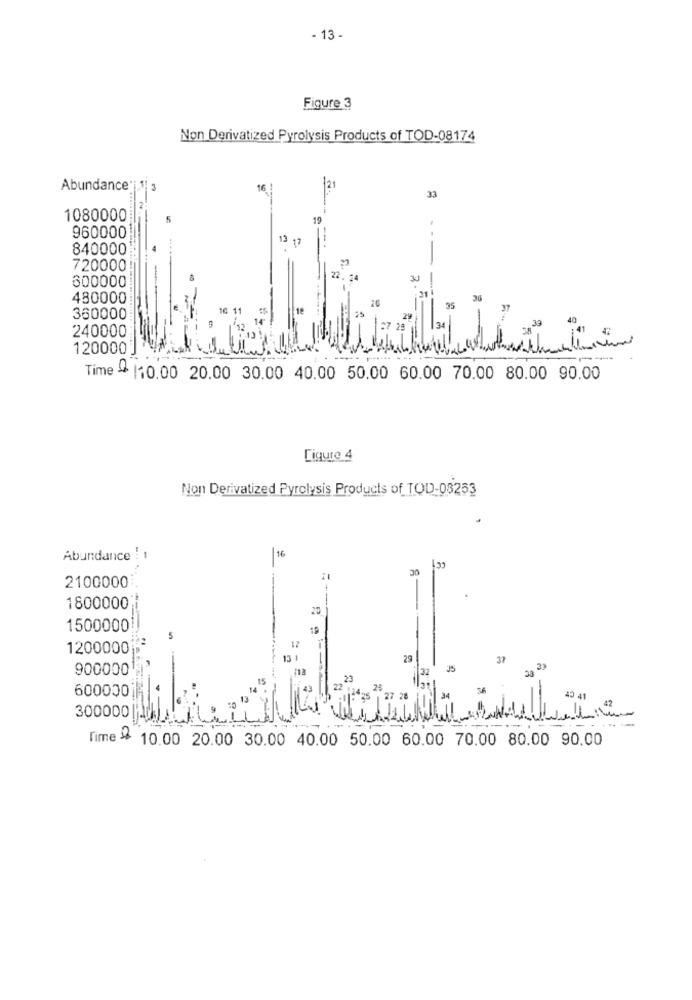
- 13 -
Figure 3
Non Derivatized Pyrolysis Products of TOD-08174
Abundance
16
21
33
1080000
5
19
960000
840000
720000!
600000
3
480000
18
360000
40
34
38
.39
240000
1200001
Time - 110.00 20.00 30.00 40.00 50.00 60.00 70.00 80.00 90.00
Ligure 4
Non Derivatized Pyrolysis Products of TOD-08253
16
Abundance : 1
30
2100000
1800000
1500000
17
1200000
13 1
29
37
9000001
32
23
600000
2
25
7 28
.42
300000
Time # 10.00 20.00 30.00 40.00 50.00 60.00 70.00 80.00 90.00